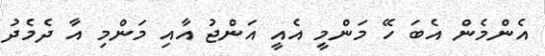
އެންމެން އެބަ ހޭ މަންމީ އެއީ އަންޖު އާއި މަންމި އާ ދެމެދު